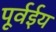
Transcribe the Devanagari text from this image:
पूर्वईय